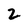
Character: 2